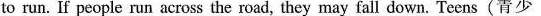
to run. If people run across the road, they may fall down. Teens(青少